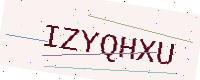
Text: IZYQHXU